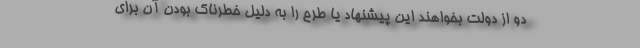
دو از دولت بخواهند این پیشنهاد یا طرح را به دلیل خطرناک بودن آن برای